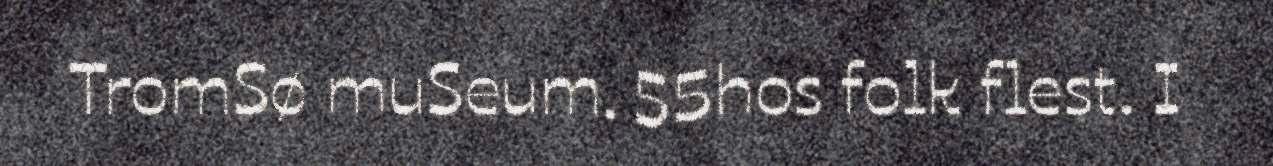
TromSø muSeum. 55hos folk flest. I